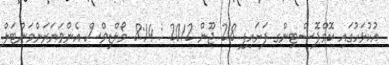
އުކުޅަހުގައި ކޮމްޕޮސްޓިންގ ފަށައިފި 28 ޖޫން 2012 : 8:14 މޯލްޑިވްސް އެންވަޔަރަންމަންޓަލް